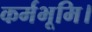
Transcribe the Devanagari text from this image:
कर्मभूमि।